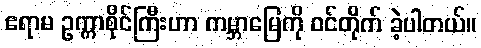
ဧရာမ ဥက္ကာစိုင်ကြီးဟာ ကမ္ဘာမြေကို ဝင်တိုက် ခဲ့ပါတယ်။